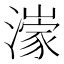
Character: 𱩟